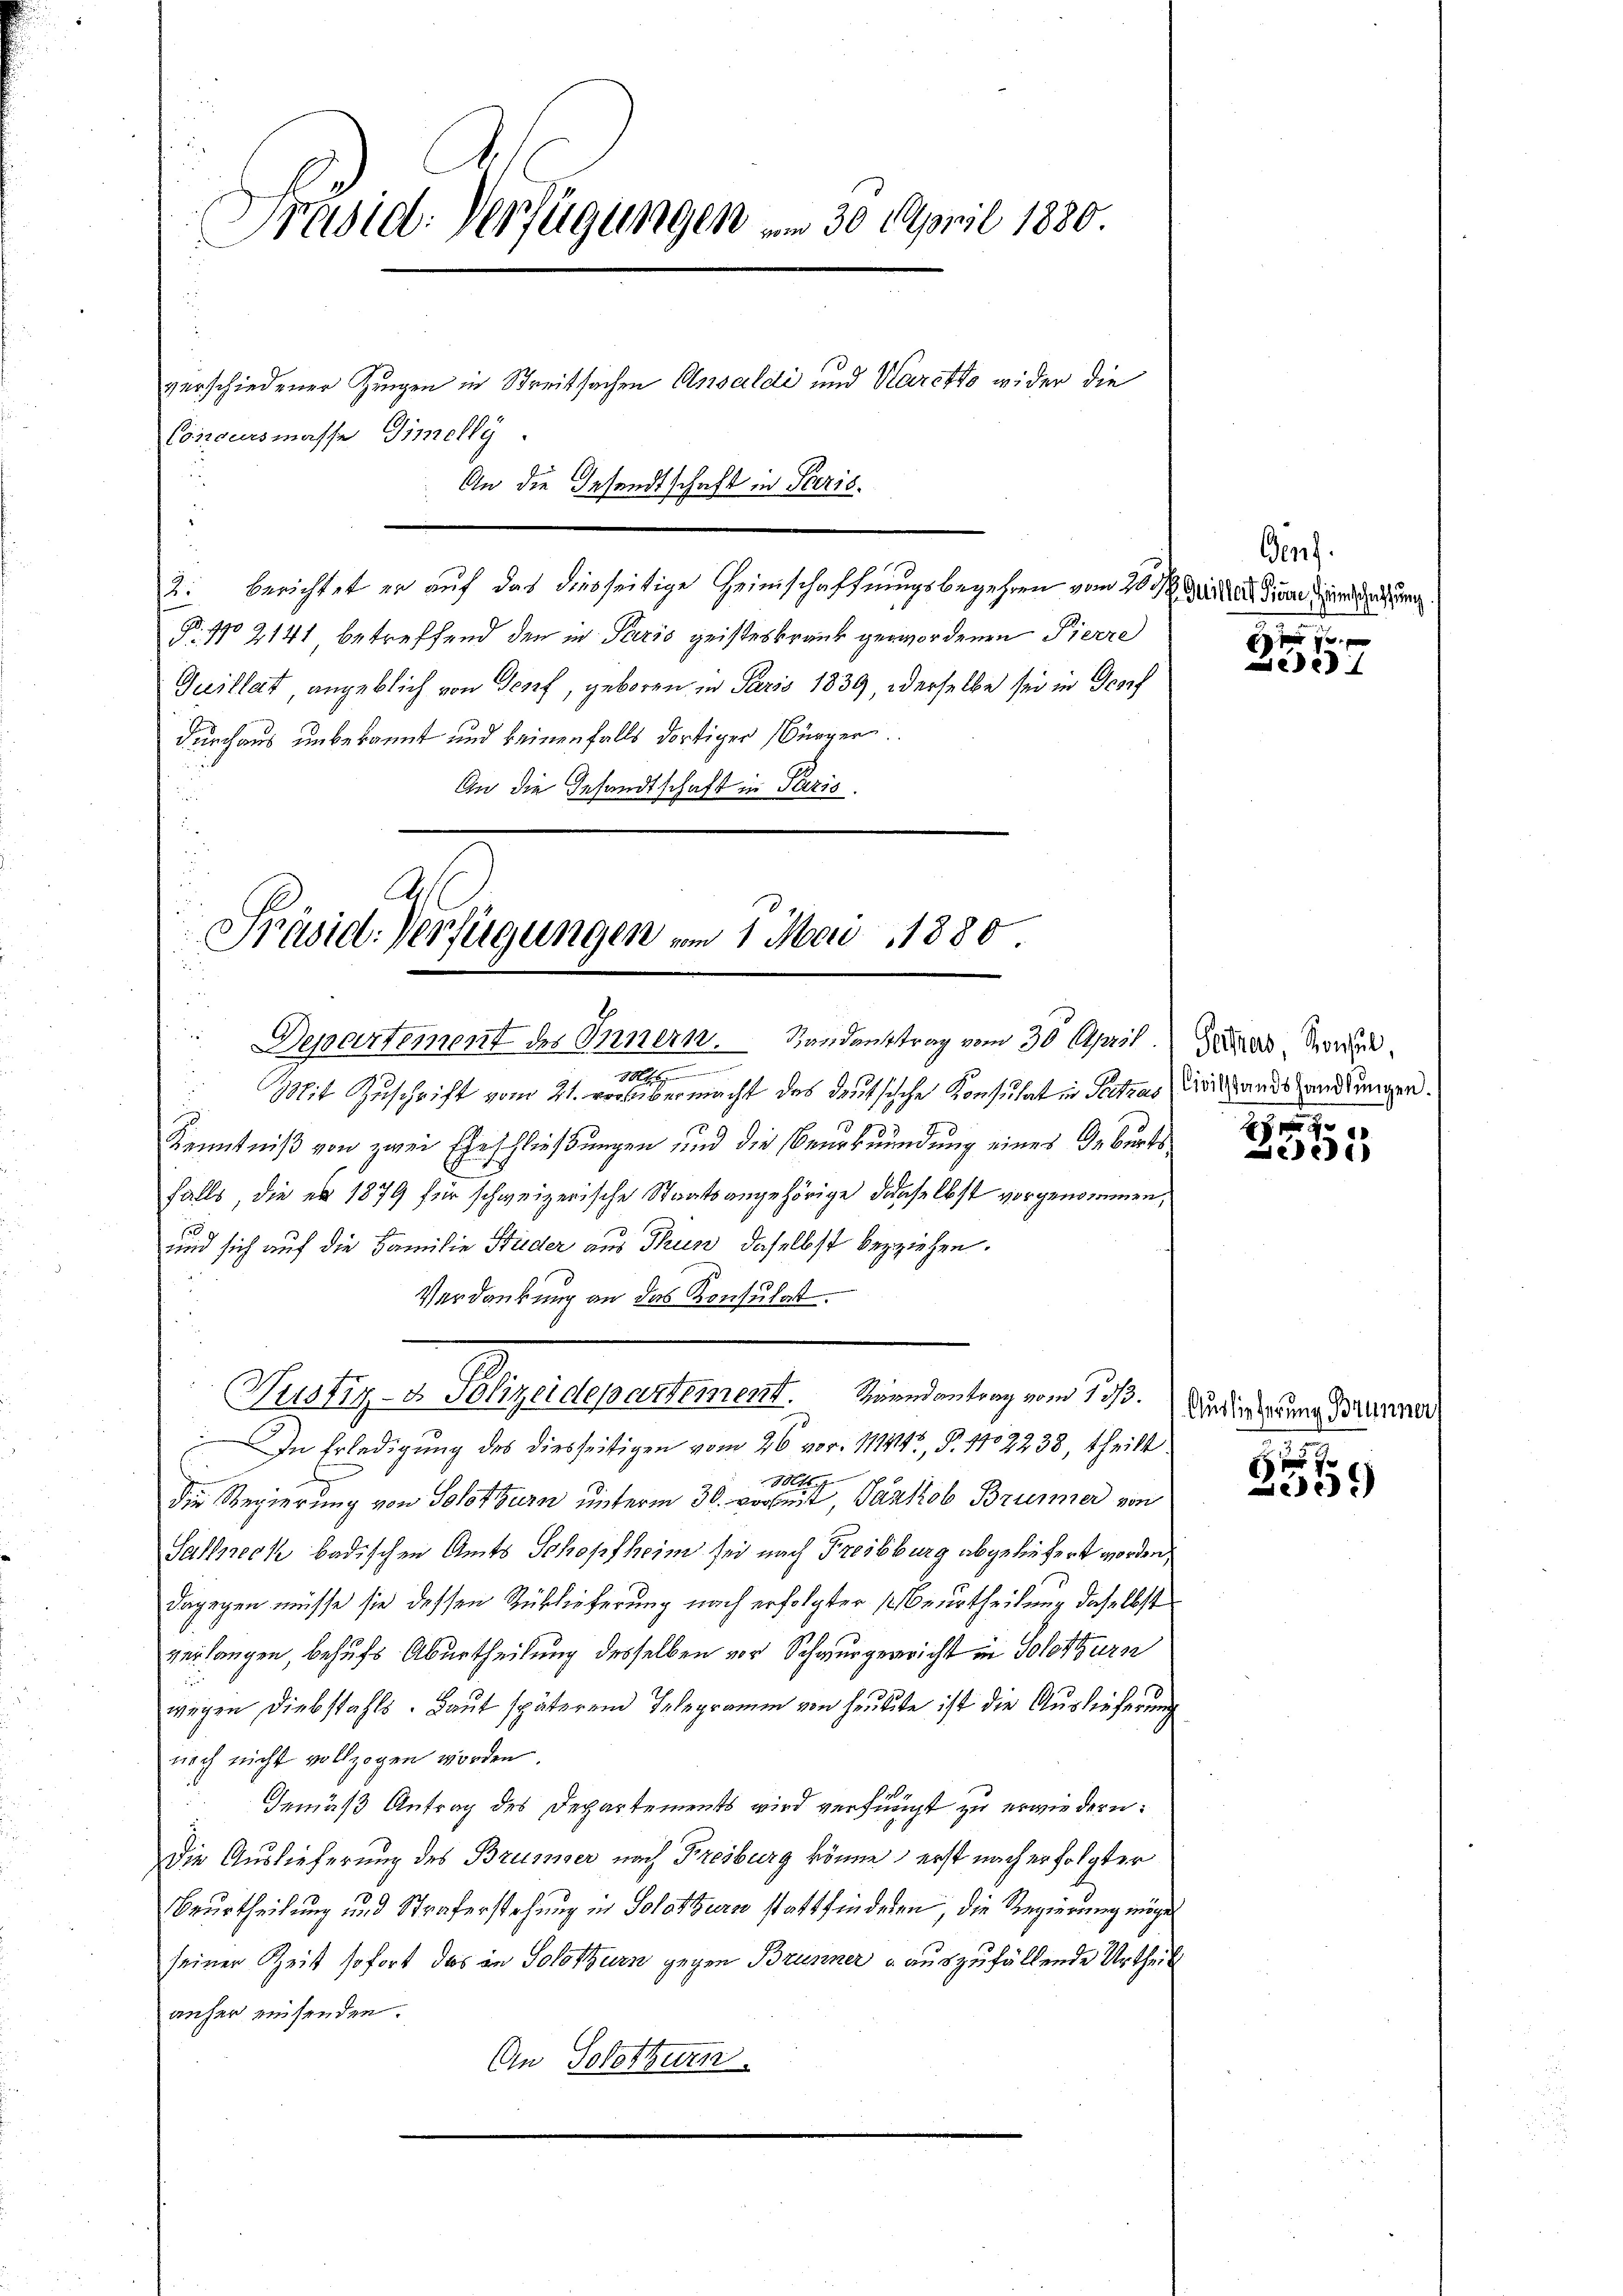
Prasiel. Verfügungen am 30. April 1880.
E

Concursmasse Timelly.
¬
An die Gesandtschaft in Paris.
2. Berichtet er auf das diesseitige Heimschaffungsbegehren vom 20. d. Miter die und setzung
P. No 2141 betreffend den in Paris geisteskrank gewordenen Pierre
Quillat, angeblich von Genf, geboren in Paris 1839, derselbe sei in Grof
durchaus unbekannt und keinenfalls dortiger Bürger.
An die Gesandtschaft in Paris.

verschiedener Zeugen in Streitsachen Ansaldi und Haretto wider die

A.
Präsid. Verfügungen vom 1. Mai 1880.

Justiz- & Polizeidepartement Karndantrag vom 13/3.

Departement des Innern. Sandanttrag vom 30 April. Gerad, Morge
1006
Mit Zuschrift vom 21. vorübermacht des deutsische Konsulatin Seitzas Civilandshandlungen.
1
Kenntniß von zwei Eheschließungen und die Beurkundung eines Geburts
falls, die es 1879 für schweizerische Staatsangehörige denselbst vorgenommen,
und sich auf die Familie Studer aus Thun, daselbst beziehen.
Verdankung an das Konsulat.
In Erledigung des diesseitigen vom 26 vor. 11414, §. 1102238, theilt
147
Die Regierung von Solothurn unterm 30. vorbeit, Pankob Brunner von
Sallneck badischen Amts Schopfheim sei nach Freibburg abgeliefert worden,
dagegen müsse sie dessen Rüklieferung nach erfolgter Beurtheilung daselbst
verlangen, behufs Aburtheilung desselben vor Schwurgerricht in Solothurn
wegen Diebstahls. Laut späterend Telegramm von heutete ist die Auslieferung
noch nicht vollzogen worden.
Gemäß Antrag des Departements wird verfängt zu erwiedern:
Die Auslieferung des Brüsser nach Freiburg könne, erst nach erfolgter
Beurtheilung und Straferstehung in Solothurn stattfinderen, die Regierung möge
seiner Zeit sofort das in Solothurn gegen Brunner a auszufällende Urtheil
anher einsenden.
An Solothurn.

Genf.

f xx
Lei

f xx

e

Auslieferung Brunner

d ihr
2539)